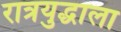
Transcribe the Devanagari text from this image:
रात्रयुद्धाला